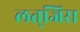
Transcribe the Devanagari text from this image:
लत्‌जिरा